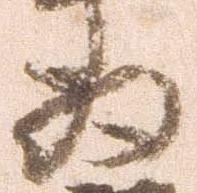
為